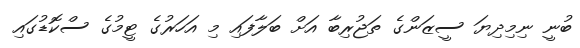
ބުނީ ނިމިދިޔަ ސީޒަންގެ ތަޖުރިބާ އަށް ބަލާފައި މި އަހަރުގެ ޓީމުގެ ސްކޮޑުގައި